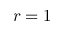
r = 1